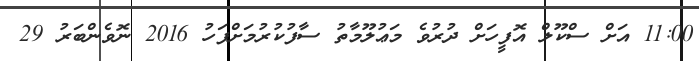
11:00 އަށް ސްކޫލް އޮފީހަށް ދުރުވެ މަޢުލޫމާތު ސާފުކުރުމަށްފަހު 2016 ނޮވެންބަރު 29